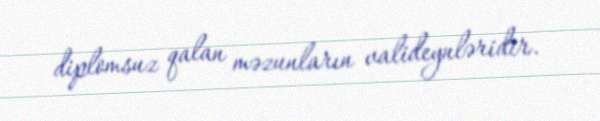
diplomsuz qalan məzunların valideynləridir.